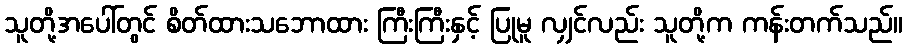
သူတို့အပေါ်တွင် စိတ်ထားသဘောထား ကြီးကြီးနှင့် ပြုမူ လျှင်လည်း သူတို့က ကန်းတက်သည်။